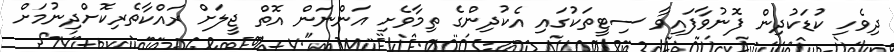
ދިވެހި ކުޑަކުދިން ފޮނުވާފައިވާ ސިޓީތަކުގައި އެކުދިންގެ ތިމާވެށި އަންނަން އޮތް ޖީލަށް ރައްކާތެރިކޮށްދިނުމަށް